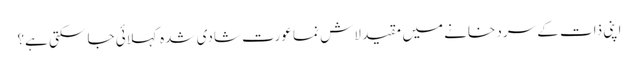
اپنی ذات کے سرد خانے میں مقید لاش نما عورت شادی شدہ کہلائی جا سکتی ہے؟